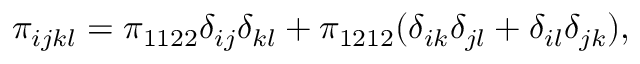
\pi _ { i j k l } = \pi _ { 1 1 2 2 } \delta _ { i j } \delta _ { k l } + \pi _ { 1 2 1 2 } ( \delta _ { i k } \delta _ { j l } + \delta _ { i l } \delta _ { j k } ) ,